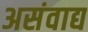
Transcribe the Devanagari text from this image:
असंवाद्य